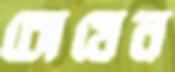
চোষেন